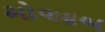
મોઆબ